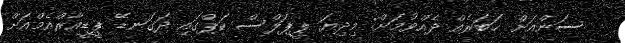
ސަންއަށް ޚަބަރެއް ދެއްވުމަށް: މިދިޔަ ޕީޕަލްސް ކަޕްގައި ދަގަނޑޭ ޕީޑީއާރްއެމްއަށް